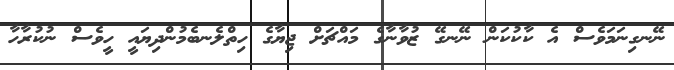
ނޭނގިނަމަވެސް އެ ކާކުކަން ނޭނގޭ ޒުވާނާގެ މައްޗަށް ޖިޔާގެ ހިތްލެނބެމުންދިޔައީ ހީވެސް ނުކުރާހާ